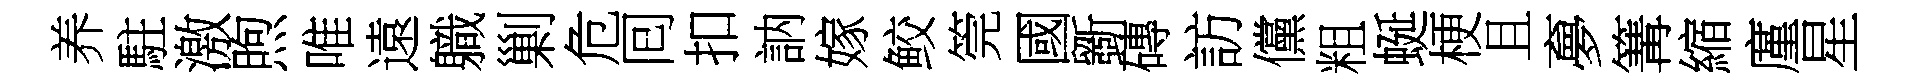
养駐激煦唯遠軄剿危囘扣訥嫁鲛筦國斵磚訪儻粗蜒梗且夣篝縮廑星